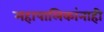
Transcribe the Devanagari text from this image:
महापालिकांनाही